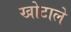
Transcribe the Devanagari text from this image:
खोटाले